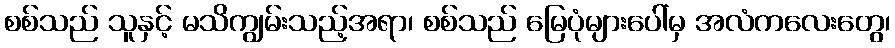
စစ်သည် သူနှင့် မသိကျွမ်းသည့်အရာ၊ စစ်သည် မြေပုံများပေါ်မှ အလံကလေးတွေ၊